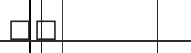
٧٣